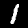
Digit: 1